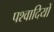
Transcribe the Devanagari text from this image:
पश्वादियों